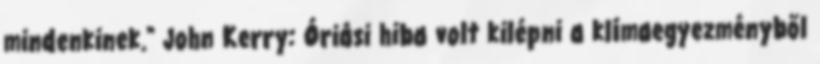
mindenkinek." John Kerry: Óriási hiba volt kilépni a klímaegyezményből